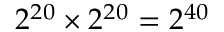
2 ^ { 2 0 } \times 2 ^ { 2 0 } = 2 ^ { 4 0 }